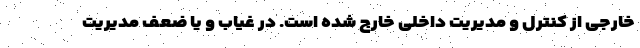
خارجی از کنترل و مدیریت داخلی خارج شده است. در غیاب و یا ضعف مدیریت